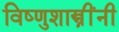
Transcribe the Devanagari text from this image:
विष्णुशास्त्रींनी